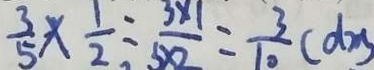
\frac { 3 } { 5 } \times \frac { 1 } { 2 } \div \frac { 3 \times 1 } { 5 \times 2 } = \frac { 3 } { 1 0 } ( d m